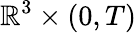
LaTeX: \mathbb{R}^{3}\times(0,T)